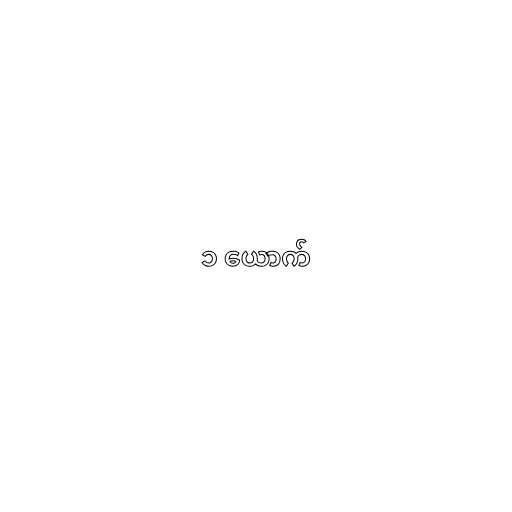
၁ ယောက်